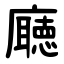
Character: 廰